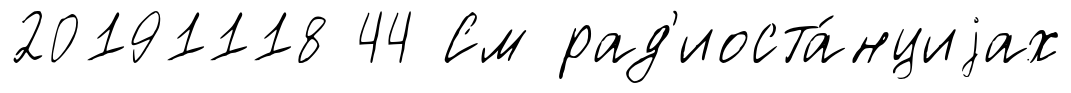
20191118 44 См рад'иоста́нциjах